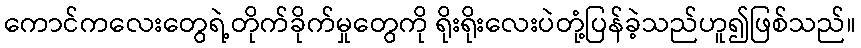
ကောင်ကလေးတွေရဲ့တိုက်ခိုက်မှုတွေကို ရိုးရိုးလေးပဲတုံ့ပြန်ခဲ့သည်ဟူ၍ဖြစ်သည်။